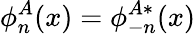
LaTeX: \phi_{n}^{A}(x)=\phi_{-n}^{A\ast}(x)